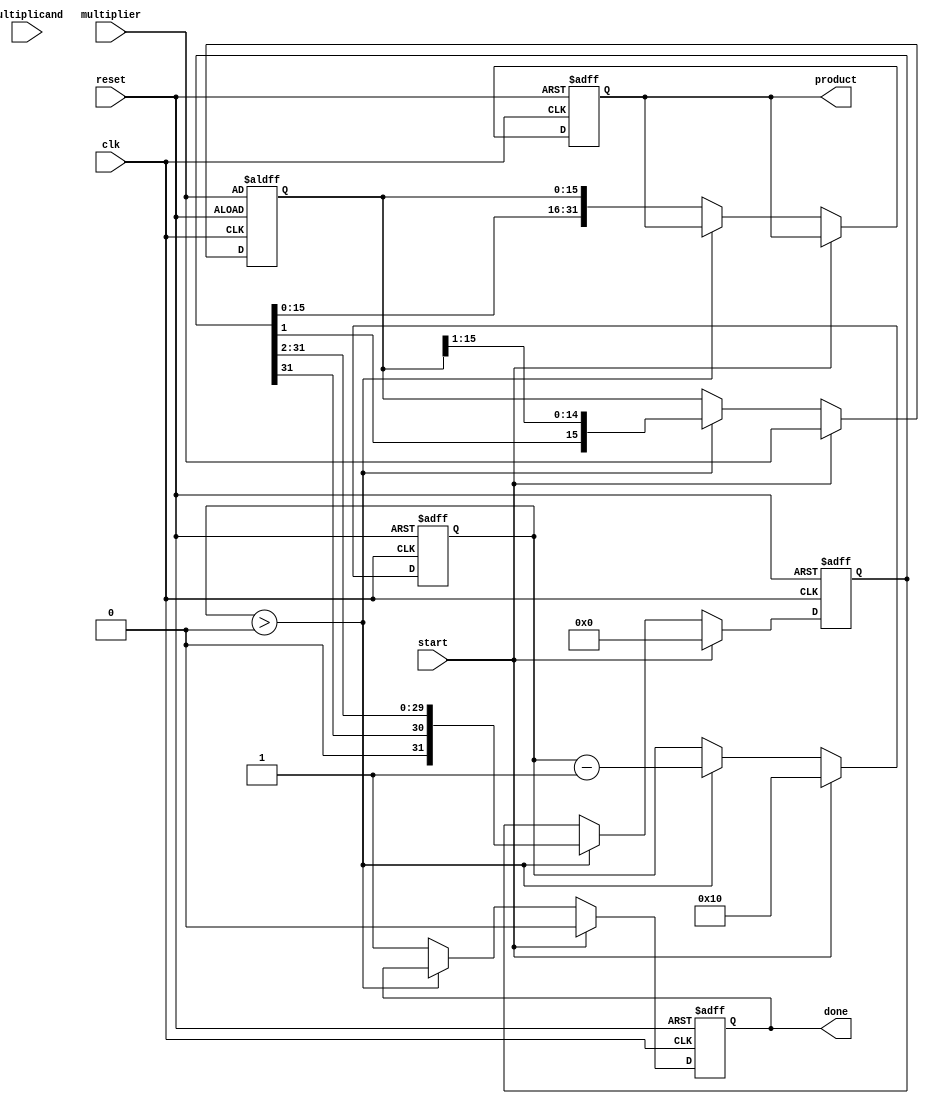
module booth_multiplier (
    input wire clk,
    input wire reset,
    input wire start,
    input wire signed [15:0] multiplicand, // A
    input wire signed [15:0] multiplier,    // Q
    output reg signed [31:0] product,       // Final product
    output reg done
);

    reg signed [15:0] A;      // Multiplicand
    reg signed [15:0] Q;      // Multiplier
    reg Q_1;                  // Previous bit of Q
    reg signed [31:0] M;      // Accumulator
    reg [4:0] count;          // Bit counter

    always @(posedge clk or posedge reset) begin
        if (reset) begin
            // Reset all registers
            A <= multiplicand;
            Q <= multiplier;
            Q_1 <= 0;
            M <= 0;
            count <= 0;
            product <= 0;
            done <= 0;
        end else if (start) begin
            // Initialize the process
            A <= multiplicand;
            Q <= multiplier;
            Q_1 <= 0;
            M <= 0;
            count <= 16; // Assuming 16-bit multiplication
            done <= 0;
        end else if (count > 0) begin
            // Booth's algorithm
            case ({Q[0], Q_1})
                2'b01: M <= M + A;      // Add A to M
                2'b10: M <= M - A;      // Subtract A from M
                default: ;              // No operation
            endcase

            // Right shift operation
            {M, Q, Q_1} <= {M[31], M[31:1], Q[15:1], Q[0]}; // Shift M and Q together
            Q_1 <= Q[0]; // Update Q-1
            count <= count - 1; // Decrement the count
        end else begin
            // Final product assignment
            product <= {M, Q}; // Combine M and Q for final product
            done <= 1; // Indicate completion
        end
    end
endmodule